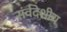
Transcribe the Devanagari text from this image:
संर्वदेशीय